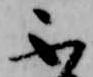
不